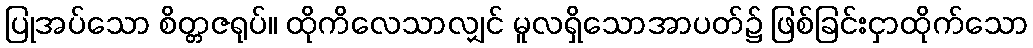
ပြုအပ်သော စိတ္တဇရုပ်။ ထိုကိလေသာလျှင် မူလရှိသောအာပတ်၌ ဖြစ်ခြင်းငှာထိုက်သော